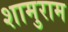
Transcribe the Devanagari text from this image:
शामुराम